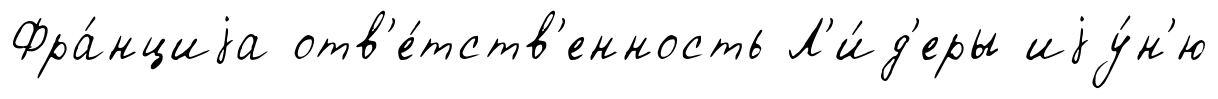
Фра́нциjа отв'е́тств'енность Л'и́д'еры иjу́н'ю